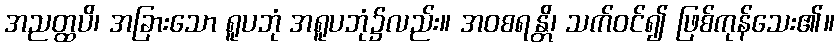
အညတ္ထပိ၊ အခြားသော ရူပဘုံ အရူပဘုံ၌လည်း။ အဝစရန္တိ၊ သက်ဝင်၍ ဖြစ်ကုန်သေး၏။